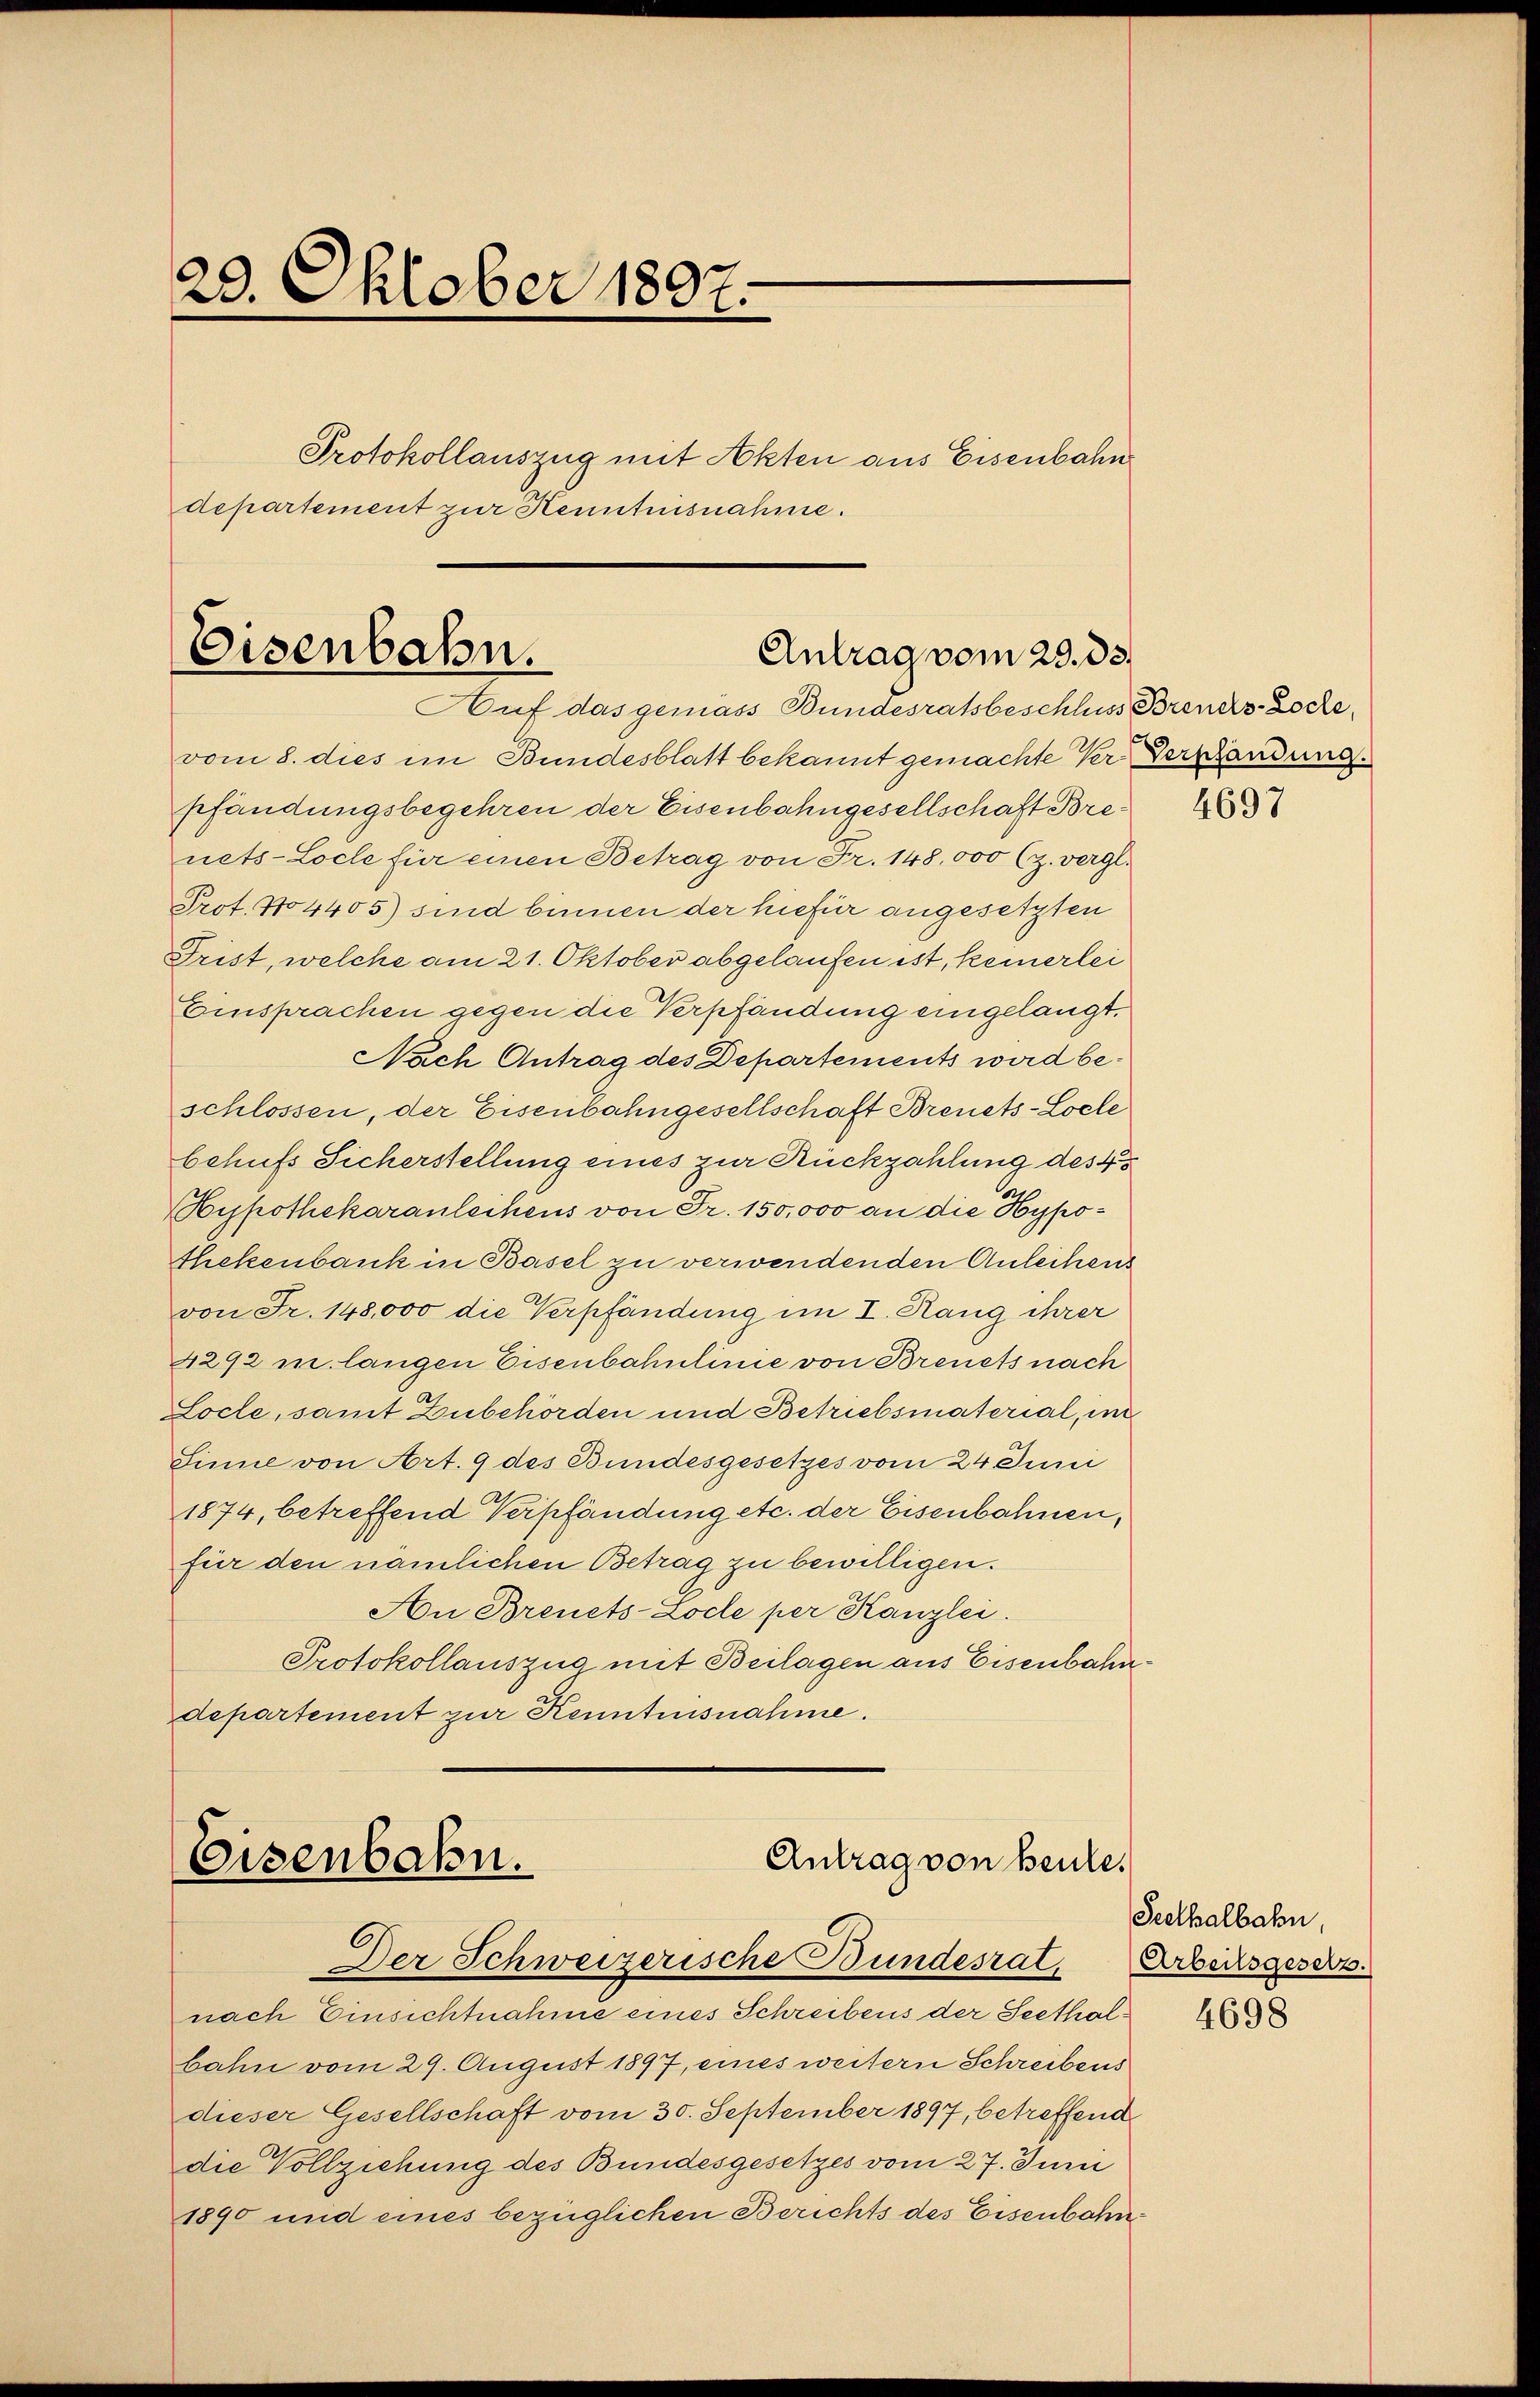
2.
29. Oktober 1891.
Protokollauszug mit Akten aus Eisenbahn
departement zur Kenntnisnahme.
Eisenbahn.
Antrag vom 29. 33.

Auf das gemass Bundesratsbeschluss Brents Loche¬

Antrag von heute.
Eisenbahn.
6)
Der Schweizerische Bundesrat, Arbeitsgesetz

vom 8. dies im Bundesblatt bekannt gemachte Ver-Verschändung
pfändungsbegehren der Eisenbahngesellschaft Brenets-Loche für einen Betrag von Fr. 148, 000 (z. vergl.
Prof. No 4405) sind binnen der hiefür angesetzten
Frist, welche am 21. Oktober abgelaufen ist, keinerlei
Einsprachen gegen die Verpfändung eingelangt.
Nach Antrag des Departements wird beschlossen, der Eisenbahngesellschaft Brenets-Locle
behufs Sicherstellung eines zur Rückzahlung des 4
Hypothekaranleihens von Fr. 150,000 an die Hypothekenbank in Basel zu verwendenden Anleihens
von Fr. 148,000 die Verpfändung im I. Rang ihrer
4292 m langen Eisenbahnlinie von Brenets nach
Locle, samt Zubehörden und Betriebsmaterial, im
Sinne von Art. 9 des Bundesgesetzes vom 24 Juni
1874, betreffend Verpfändung etc. der Eisenbahnen,
für den nämlichen Betrag zu bewilligen.
Au Brenets-Locle per Kanzlei.
Protokollauszug mit Beilagen aus Eisenbahndepartement zur Kenntnisnahme.

nach Einsichtnahme eines Schreibens der Seethalbahn vom 29. August 1897, eines weitern Schreibens
dieser Gesellschaft vom 30. September 1897, betreffend
die Vollziehung des Bundesgesetzes vom 27. Juni
1890 und eines bezüglichen Berichts des Eisenbahn¬

4697

Seethalbahn,

4698